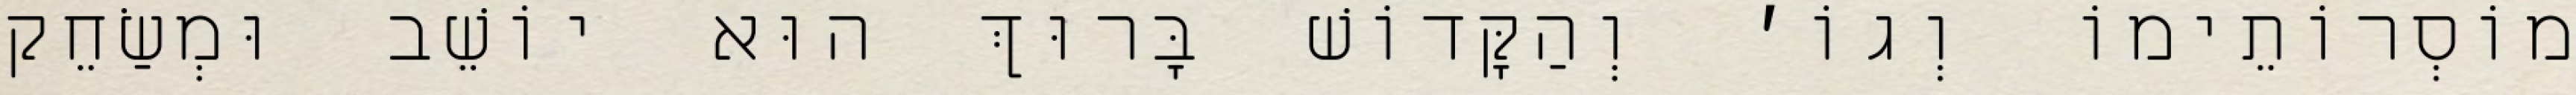
מוֹסְרוֹתֵימוֹ וְגוֹ׳ וְהַקָּדוֹשׁ בָּרוּךְ הוּא יוֹשֵׁב וּמְשַׂחֵק